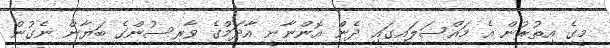
މީގެ އިތުރުން އެ މައްސަލައިގައި ދެން އޮންނާނީ އާދަމްގެ ވާރިސުންގެ ބަޔާން ނެގުން